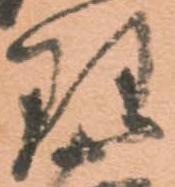
理